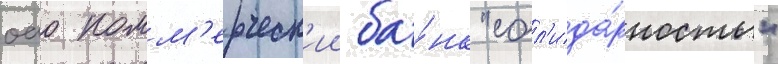
оао комм'ерческ'ии ба́нк "сол'ида́рность"